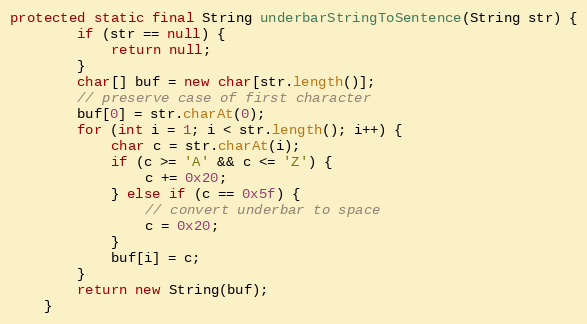
Language: Java
protected static final String underbarStringToSentence(String str) {
        if (str == null) {
            return null;
        }
        char[] buf = new char[str.length()];
        // preserve case of first character
        buf[0] = str.charAt(0);
        for (int i = 1; i < str.length(); i++) {
            char c = str.charAt(i);
            if (c >= 'A' && c <= 'Z') {
                c += 0x20;
            } else if (c == 0x5f) {
                // convert underbar to space
                c = 0x20;
            }
            buf[i] = c;
        }
        return new String(buf);
    }